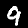
Label: 9